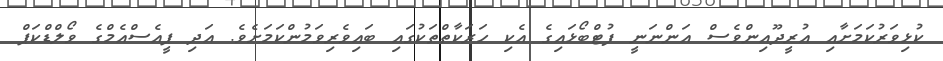
ކުޅިވަރުކަމަށާއި އުރީދޫއިންވެސް އަންނަނީ ފުޓްބޯޅައިގެ އެކި ހަރަކާތްތަކުގައި ބައިވެރިވަމުންކަމަށެވެ. އަދި ޕީއެސްއެމްގެ ވޯލްޑްކަޕް